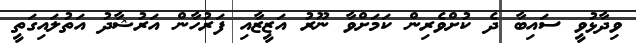
ވިދާޅުވީ ސައިބާ ދެ ކުށްވެރިން ކަމަށްވާ ނޫރު އަޒީޒާއި ފަރުހާން އަރުޝާދު އަތުލައިގަތީ